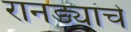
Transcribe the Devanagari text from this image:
रानड्यांचे